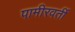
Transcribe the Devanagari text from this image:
पामीरवर्ती